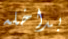
بداخله